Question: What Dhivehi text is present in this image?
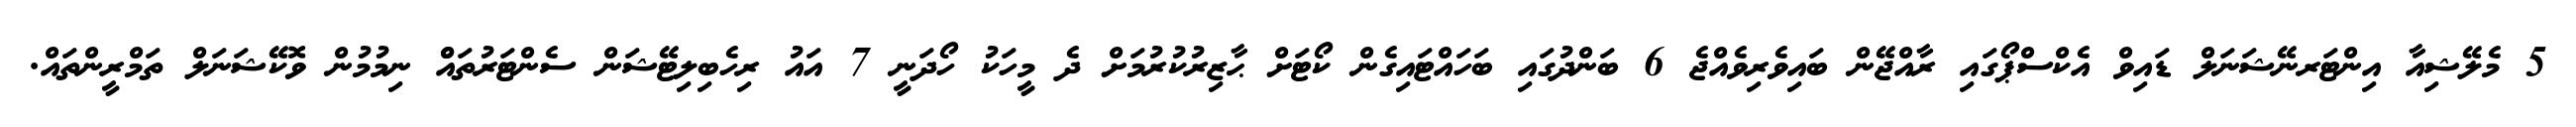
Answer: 5 މެލޭޝިއާ އިންޓަރނޭޝަނަލް ޑައިވް އެކްސްޕޯގައި ރާއްޖޭން ބައިވެރިވެއްޖެ 6 ބަންދުގައި ބަހައްޓައިގެން ކޯޓަށް ޙާޒިރުކުރުމަށް ދެ މީހަކު ހޯދަނީ 7 އައު ރިހެބިލިޓޭޝަން ސެންޓަރުތައްް ނިމުމުން ވޮކޭޝަނަލް ތަމްރީންތައް.